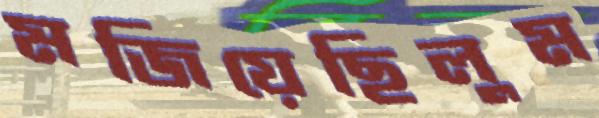
মজিয়েছিলুম